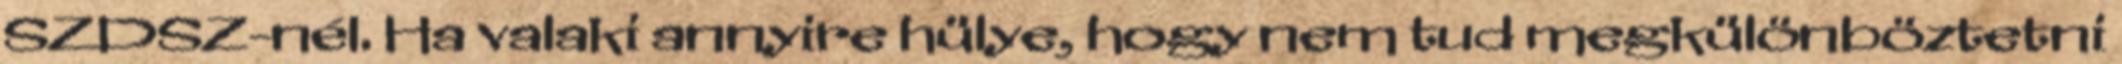
SZDSZ-nél. Ha valaki annyire hülye, hogy nem tud megkülönböztetni